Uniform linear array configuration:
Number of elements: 32
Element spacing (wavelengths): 0.25
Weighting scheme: exponential
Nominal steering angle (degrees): -60
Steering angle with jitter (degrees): -61.885
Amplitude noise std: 0.05
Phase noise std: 0.05

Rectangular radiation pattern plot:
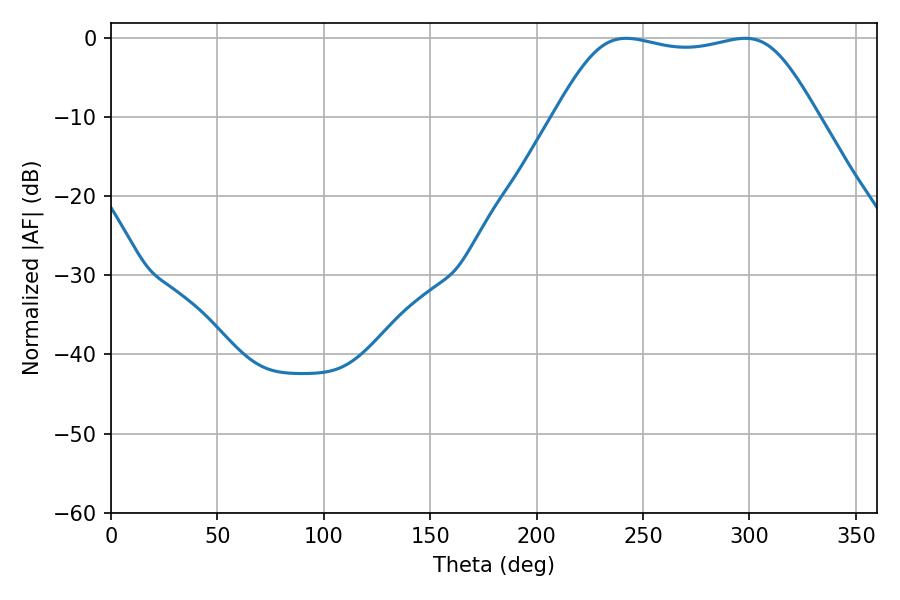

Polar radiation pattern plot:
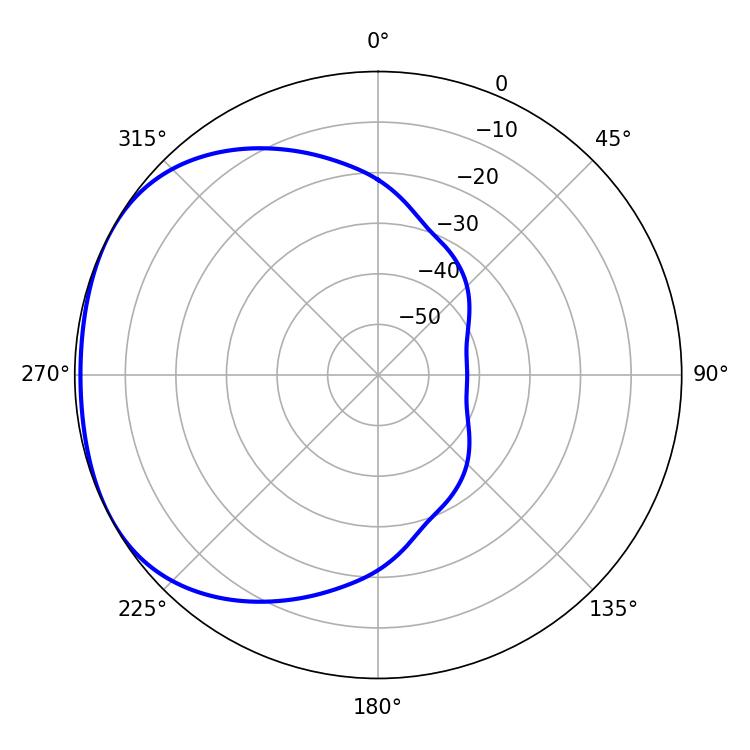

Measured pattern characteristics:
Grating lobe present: FALSE
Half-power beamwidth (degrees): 93.6
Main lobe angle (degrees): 242.1